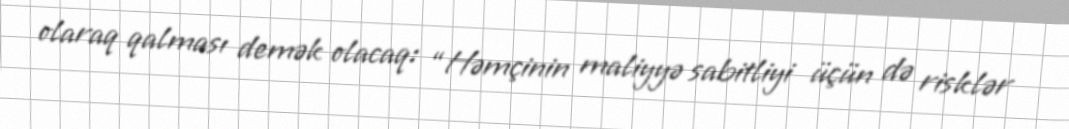
olaraq qalması demək olacaq: “Həmçinin maliyyə sabitliyi üçün də risklər